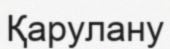
Қарулану